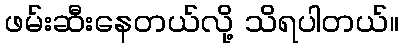
ဖမ်းဆီးနေတယ်လို့ သိရပါတယ်။